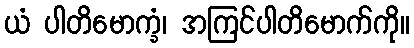
ယံ ပါတိမောက္ခံ၊ အကြင်ပါတိမောက်ကို။